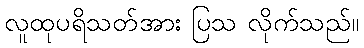
လူထုပရိသတ်အား ပြသ လိုက်သည်။